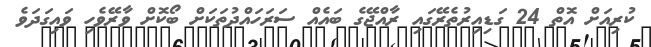
ކުރިއަށް އޮތް 24 ގަޑިއިރުތެރޭގައި ރާއްޖޭގެ ބައެއް ސަރަހައްދުތަކަށް ބޯކޮށް ވާރޭވެހި ވައިގަދަވެ